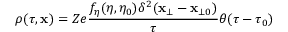
\rho ( \tau , \mathbf { x } ) = Z e \frac { f _ { \eta } ( \eta , \eta _ { 0 } ) \delta ^ { 2 } ( \mathbf { x _ { \bot } } - \mathbf { x } _ { \bot 0 } ) } { \tau } \theta ( \tau - \tau _ { 0 } )